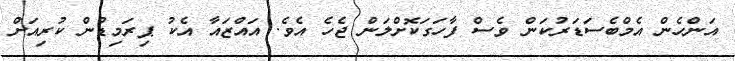
އަންހެން އެމްބެސަޑަރުކަން ވެސް ފާހަގަކޮށްލަން ޖެހެ އެވެ. އައްޒައާ އެކު ޕިރަމިޑުން ކުރިއަށް